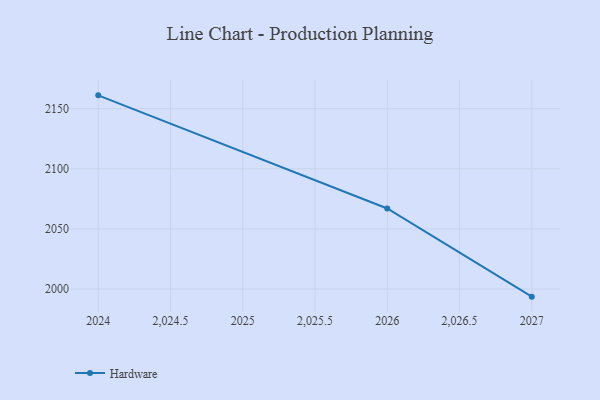
{"axis": {"x": "Year", "y": "Satisfaction Score"}, "legend": ["Hardware"], "data": [{"x": "2027", "y": 1993.7, "type": "Hardware"}, {"x": "2026", "y": 2067.0, "type": "Hardware"}, {"x": "2024", "y": 2161.1, "type": "Hardware"}]}